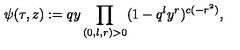
\psi ( \tau , z ) : = q y \prod _ { ( 0 , l , r ) > 0 } ( 1 - q ^ { l } y ^ { r } ) ^ { c ( - r ^ { 2 } ) } ,